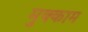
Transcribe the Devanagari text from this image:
मुक्‍काम